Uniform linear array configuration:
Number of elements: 8
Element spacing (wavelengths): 0.25
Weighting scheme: hann
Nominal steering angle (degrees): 15
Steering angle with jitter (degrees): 15.608
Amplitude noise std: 0.05
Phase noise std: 0.05

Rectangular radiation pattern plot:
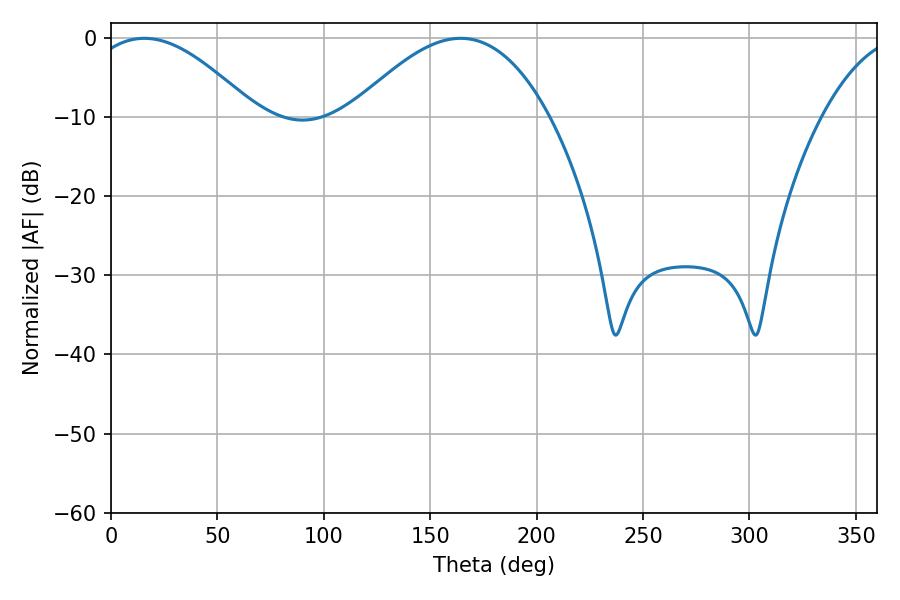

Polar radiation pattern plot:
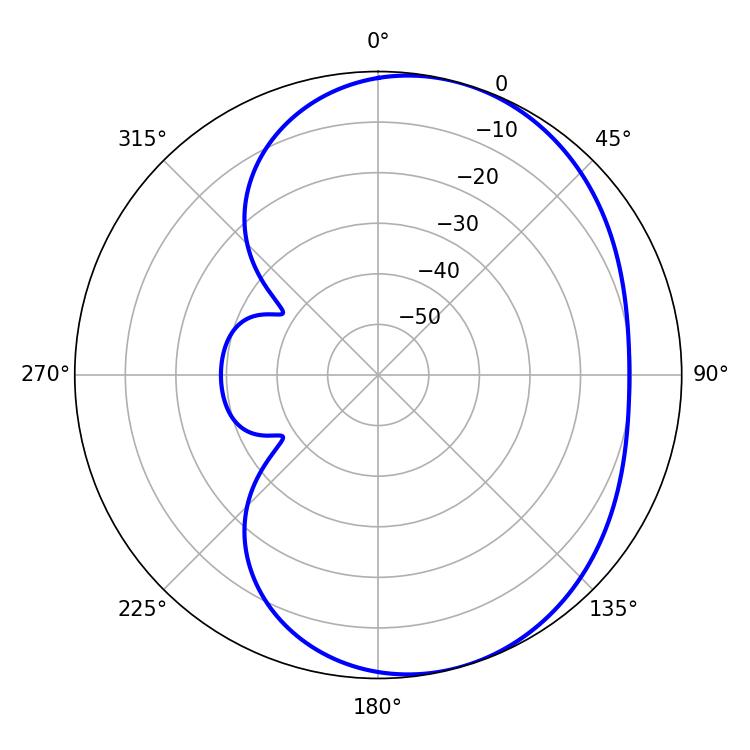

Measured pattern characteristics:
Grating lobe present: FALSE
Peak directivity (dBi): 4.943
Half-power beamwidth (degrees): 43.02
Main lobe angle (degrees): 15.66